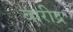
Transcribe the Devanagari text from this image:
वारीद्र